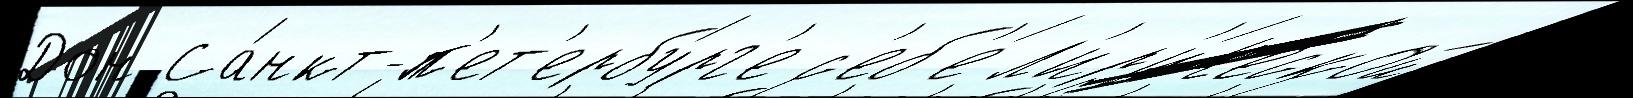
Дон Са́нкт-п'ет'ербу́рг'е с'еб'е́ л'ир'и́ческой